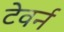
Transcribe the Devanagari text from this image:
टेवर्न